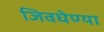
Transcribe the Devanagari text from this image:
जिवघेण्या